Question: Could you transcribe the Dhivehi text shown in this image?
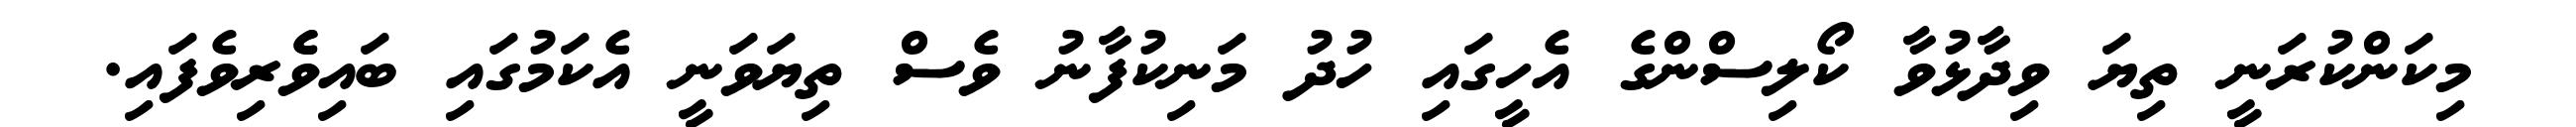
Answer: މިކަންކުރަނީ ތިޔަ ވިދާޅުވާ ކޯލިސްންގެ އެހީގައި ހުދު މަނިކުފާނު ވެސް ތިޔަވަނީ އެކަމުގައި ބައިވެެރިވެފައި.